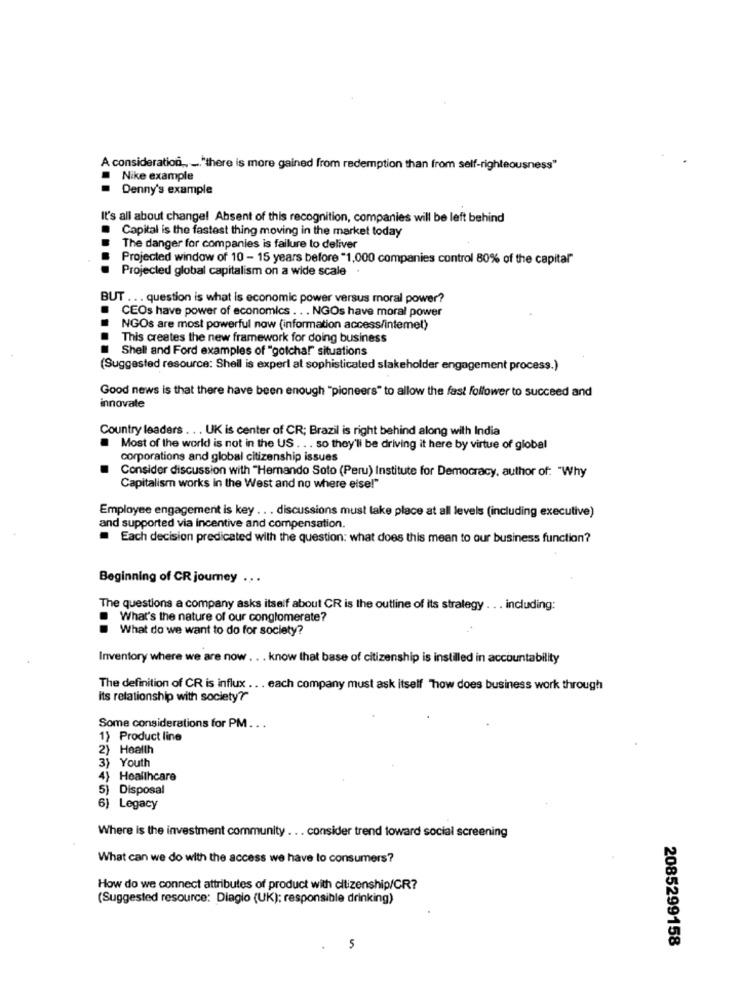
A consideration .. .. "there is more gained from redemption than from self-righteousness"
Nike example
Denny's example
It's all about change! Absent of this recognition, companies will be left behind
Capital is the fastest thing moving in the market today
The danger for companies is failure to deliver
Projected window of 10 - 15 years before "1,000 companies control 80% of the capital"
Projected global capitalism on a wide scale
BUT ... question is what is economic power versus moral power?
CEOs have power of economics . . . NGOs have moral power
NGOs are most powerful now (information access/intemel)
This creates the new framework for doing business
Shell and Ford examples of "gotcha!" situations
(Suggested resource: Sheil is expert al sophisticated stakeholder engagement process.)
Good news is that there have been enough "pioneers" to allow the fast follower to succeed and
innovate
Country leaders .. . UK is center of CR; Brazil is right behind along with India
. Most of the world is not in the US . .. so they'll be driving it here by virtue of global
corporations and global citizenship issues
Consider discussion with "Hernando Soto (Peru) Institute for Democracy, author of: "Why
Capitalism works in the West and no where else!"
Employee engagement is key .. . discussions must take place at all levels (including executive)
and supported via incentive and compensation.
Each decision predicated with the question: what does this mean to our business function?
Beginning of CR journey .. .
The questions a company asks itself about CR is the outline of its strategy ... including:
What's the nature of our conglomerate?
What do we want to do for society?
Inventory where we are now ... know that base of citizenship is instilled in accountability
The definition of CR is influx .. . each company must ask itself "how does business work through
Its relationship with society?"
Some considerations for PM. . .
1} Product line
2)
Health
3) Youth
4) Healthcare
5) Disposal
6) Legacy
Where is the investment community ... consider trend toward social screening
What can we do with the access we have to consumers?
How do we connect attributes of product with citizenship/CR?
(Suggested resource: Diagio (UK); responsible drinking)
2085299158
5